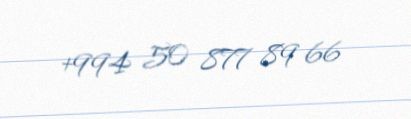
+994 50 877 89 66